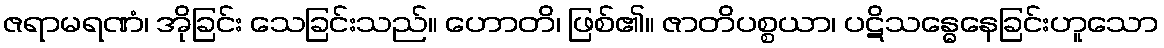
ဇရာမရဏံ၊ အိုခြင်း သေခြင်းသည်။ ဟောတိ၊ ဖြစ်၏။ ဇာတိပစ္စယာ၊ ပဋိသန္ဓေနေခြင်းဟူသော